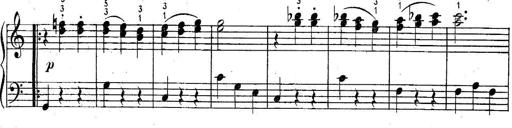
Title: 6 Easy Sonatinas
Composer: Carl Czerny